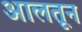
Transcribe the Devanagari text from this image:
आलतून